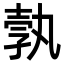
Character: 𭐓